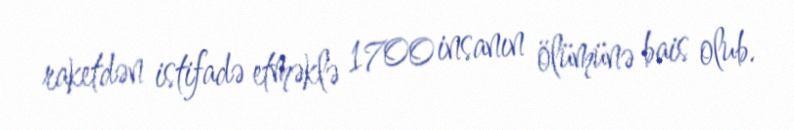
raketdən istifadə etməklə 1700 insanın ölümünə bais olub.